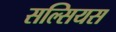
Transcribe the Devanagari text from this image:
सल्सियस